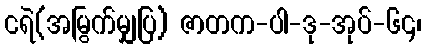
ငရဲ(အမြွက်မျှပြ) ဇာတက-ပါ-ဒု-အုပ်-၆၄၊